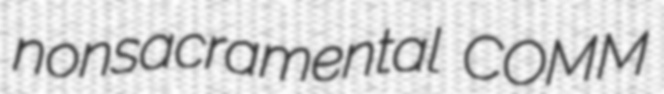
nonsacramental COMM